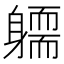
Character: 𨉿